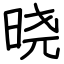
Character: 晓